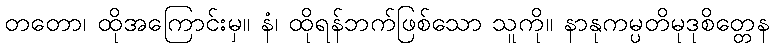
တတော၊ ထိုအကြောင်းမှ။ နံ၊ ထိုရန်ဘက်ဖြစ်သော သူကို။ နာနုကမ္ပတိမုဒုစိတ္တေန